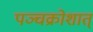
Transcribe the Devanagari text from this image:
पञ्चक्रोशात्